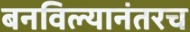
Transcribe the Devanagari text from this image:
बनविल्यानंतरच